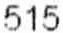
515